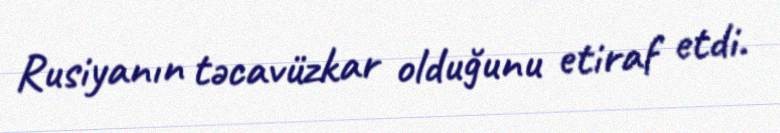
Rusiyanın təcavüzkar olduğunu etiraf etdi.